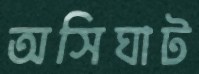
অসিঘাট